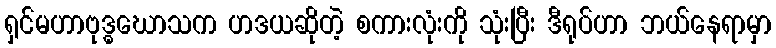
ရှင်မဟာဗုဒ္ဓဃောသက ဟဒယဆိုတဲ့ စကားလုံးကို သုံးပြီး ဒီရုပ်ဟာ ဘယ်နေရာမှာ